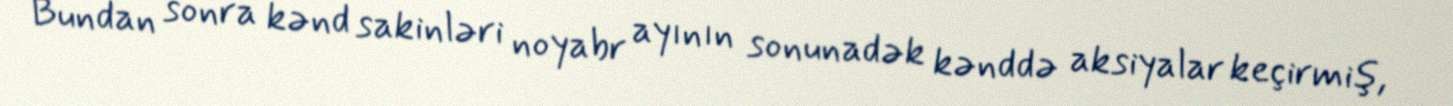
Bundan sonra kənd sakinləri noyabr ayının sonunadək kənddə aksiyalar keçirmiş,